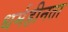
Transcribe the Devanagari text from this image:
धर्महीनता